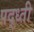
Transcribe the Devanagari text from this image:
पद्ध्ती